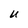
Character: U